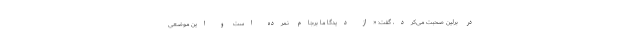
در برلین صحبت می‌کرد، ‌گفت: «از دیدگا ما برجام نمرده است و این موضعی